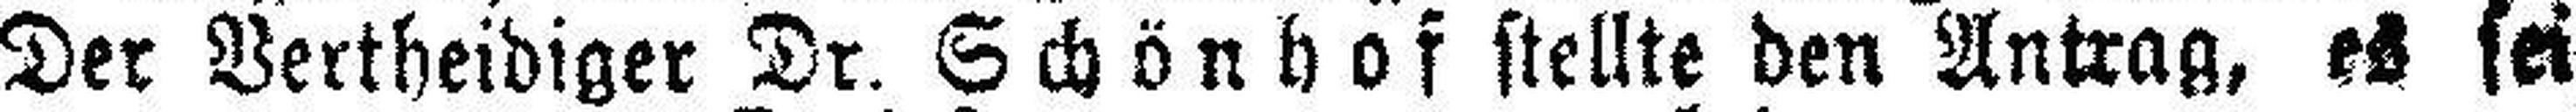
Der Vertheidiger Dr. Schönhof stellte den Antrag, es sei